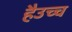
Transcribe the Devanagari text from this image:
हैउच्च